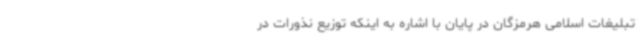
تبلیغات اسلامی هرمزگان در پایان با اشاره به اینکه توزیع نذورات در